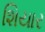
શિયાર